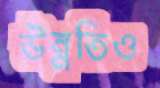
উন্নতিও